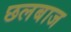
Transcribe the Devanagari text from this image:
छलबाज